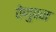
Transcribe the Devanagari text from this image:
वेणुबन